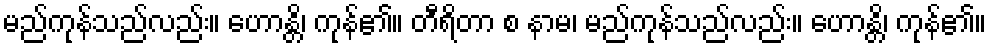
မည်ကုန်သည်လည်း။ ဟောန္တိ၊ ကုန်၏။ တီရိတာ စ နာမ၊ မည်ကုန်သည်လည်း။ ဟောန္တိ၊ ကုန်၏။